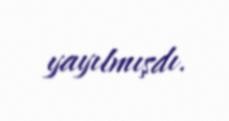
yayılmışdı.